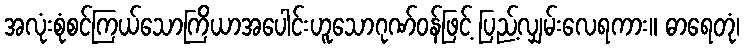
အလုံးစုံစင်ကြယ်သောကြိယာအပေါင်းဟူသောဂုဏ်ဝန်ဖြင့် ပြည့်လျှမ်းလေရကား။ ဓာရေတုံ၊